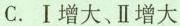
C.Ⅰ增大、Ⅱ增大